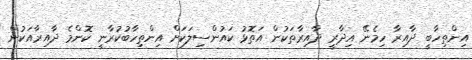
އިންތިހާބީ ދާއިރާ ހިމެނޭ އިދާރީ ދާއިރާތަކުން އަތޮޅު ކައުންސިލަކަށް އިންތިހާބުކުރާނީ ކޮންމެ ދާއިރާއަކުން